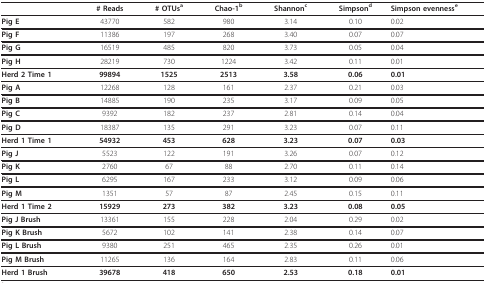
|  | # Reads | # OTUsa | Chao-1b | Shannonc | Simpsond | Simpson evennesse |
 | --- | --- | --- | --- | --- | --- | --- |
 | Pig E | 43770 | 582 | 980 | 3.14 | 0.10 | 0.02 |
 | Pig F | 11386 | 197 | 268 | 3.40 | 0.07 | 0.07 |
 | Pig G | 16519 | 485 | 820 | 3.73 | 0.05 | 0.04 |
 | Pig H | 28219 | 730 | 1224 | 3.42 | 0.11 | 0.01 |
 | Herd 2 Time 1 | 99894 | 1525 | 2513 | 3.58 | 0.06 | 0.01 |
 | Pig A | 12268 | 128 | 161 | 2.37 | 0.21 | 0.03 |
 | Pig B | 14885 | 190 | 235 | 3.17 | 0.09 | 0.05 |
 | Pig C | 9392 | 182 | 237 | 2.81 | 0.14 | 0.04 |
 | Pig D | 18387 | 135 | 291 | 3.23 | 0.07 | 0.11 |
 | Herd 1 Time 1 | 54932 | 453 | 628 | 3.23 | 0.07 | 0.03 |
 | Pig J | 5523 | 122 | 191 | 3.26 | 0.07 | 0.12 |
 | Pig K | 2760 | 67 | 88 | 2.70 | 0.11 | 0.14 |
 | Pig L | 6295 | 167 | 233 | 3.12 | 0.09 | 0.06 |
 | Pig M | 1351 | 57 | 87 | 2.45 | 0.15 | 0.11 |
 | Herd 1 Time 2 | 15929 | 273 | 382 | 3.23 | 0.08 | 0.05 |
 | Pig J Brush | 13361 | 155 | 228 | 2.04 | 0.29 | 0.02 |
 | Pig K Brush | 5672 | 102 | 141 | 2.38 | 0.14 | 0.07 |
 | Pig L Brush | 9380 | 251 | 465 | 2.35 | 0.26 | 0.01 |
 | Pig M Brush | 11265 | 136 | 164 | 2.83 | 0.11 | 0.06 |
 | Herd 1 Brush | 39678 | 418 | 650 | 2.53 | 0.18 | 0.01 |